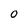
Character: O